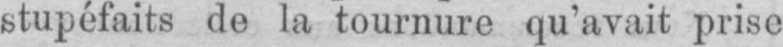
stupéfaits de la tournure qu’avait prise